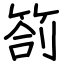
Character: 箚